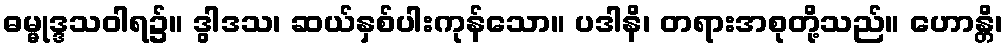
ဓမ္မုဒ္ဒသဝါရ၌။ ဒွါဒသ၊ ဆယ်နှစ်ပါးကုန်သော။ ပဒါနိ၊ တရားအစုတို့သည်။ ဟောန္တိ၊